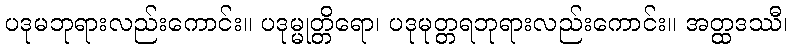
ပဒုမဘုရားလည်းကောင်း။ ပဒုမ္မုတ္တိရော၊ ပဒုမုတ္တရဘုရားလည်းကောင်း။ အတ္ထဒဿီ၊